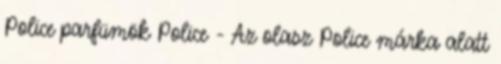
Police parfümök Police - Az olasz Police márka alatt